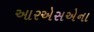
આરએસએના